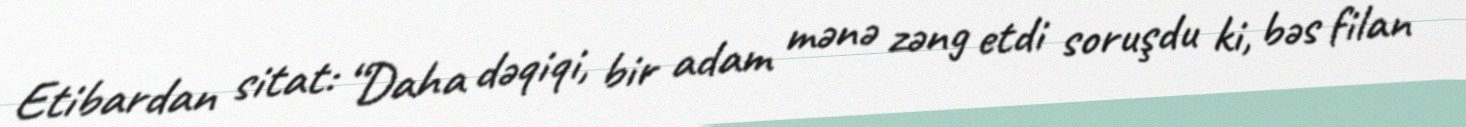
Etibardan sitat: “Daha dəqiqi, bir adam mənə zəng etdi soruşdu ki, bəs filan